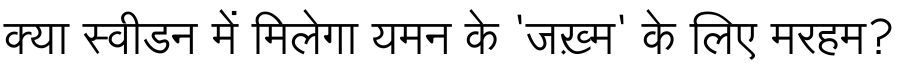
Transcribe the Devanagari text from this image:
क्या स्वीडन में मिलेगा यमन के 'जख़्म' के लिए मरहम?